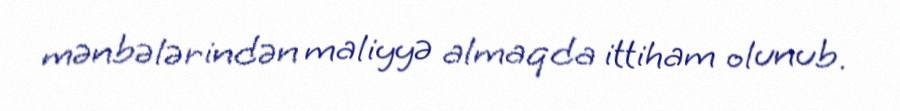
mənbələrindən maliyyə almaqda ittiham olunub.